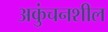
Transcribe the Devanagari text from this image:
अकुंचनशील